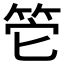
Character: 𥬌